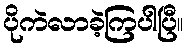
ပိုကဲလာခဲ့ကြပါပြီ။